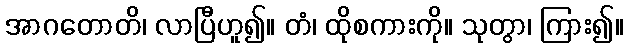
အာဂတောတိ၊ လာပြီဟူ၍။ တံ၊ ထိုစကားကို။ သုတွာ၊ ကြား၍။